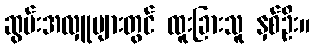
ဆွမ်းအလှူများတွင် ထူးခြားသူ နှစ်ဦး။